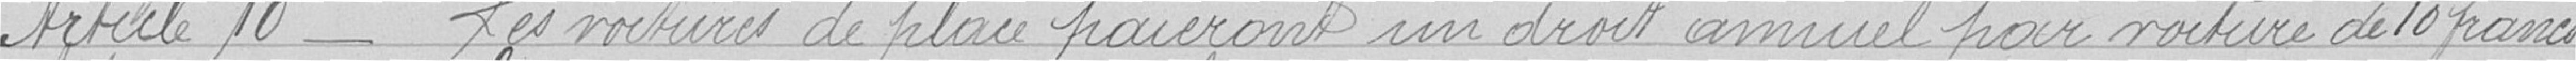
Article 10 - Les voitures de place paieront un droit annuel par voiture de 10 francs